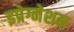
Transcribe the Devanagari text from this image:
इप्रेग्नेशन